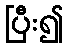
ပြီး၍